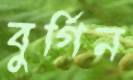
বুর্গিন